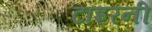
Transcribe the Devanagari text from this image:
टाइरनी